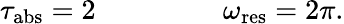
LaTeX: \tau_{\mathrm{abs}}=2~~~~~~~~~~~~~~~~~~\omega_{\mathrm{res}}=2\pi.